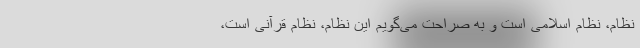
نظام، نظام اسلامی است و به صراحت می‌گویم این نظام، نظام قرآنی است،